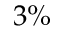
3 \%